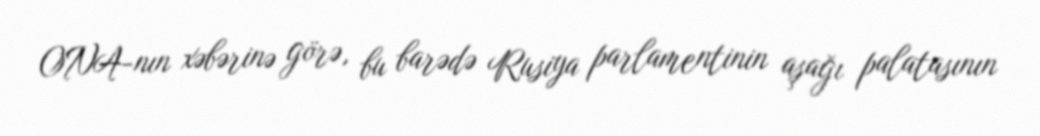
ONA-nın xəbərinə görə, bu barədə Rusiya parlamentinin aşağı palatasının